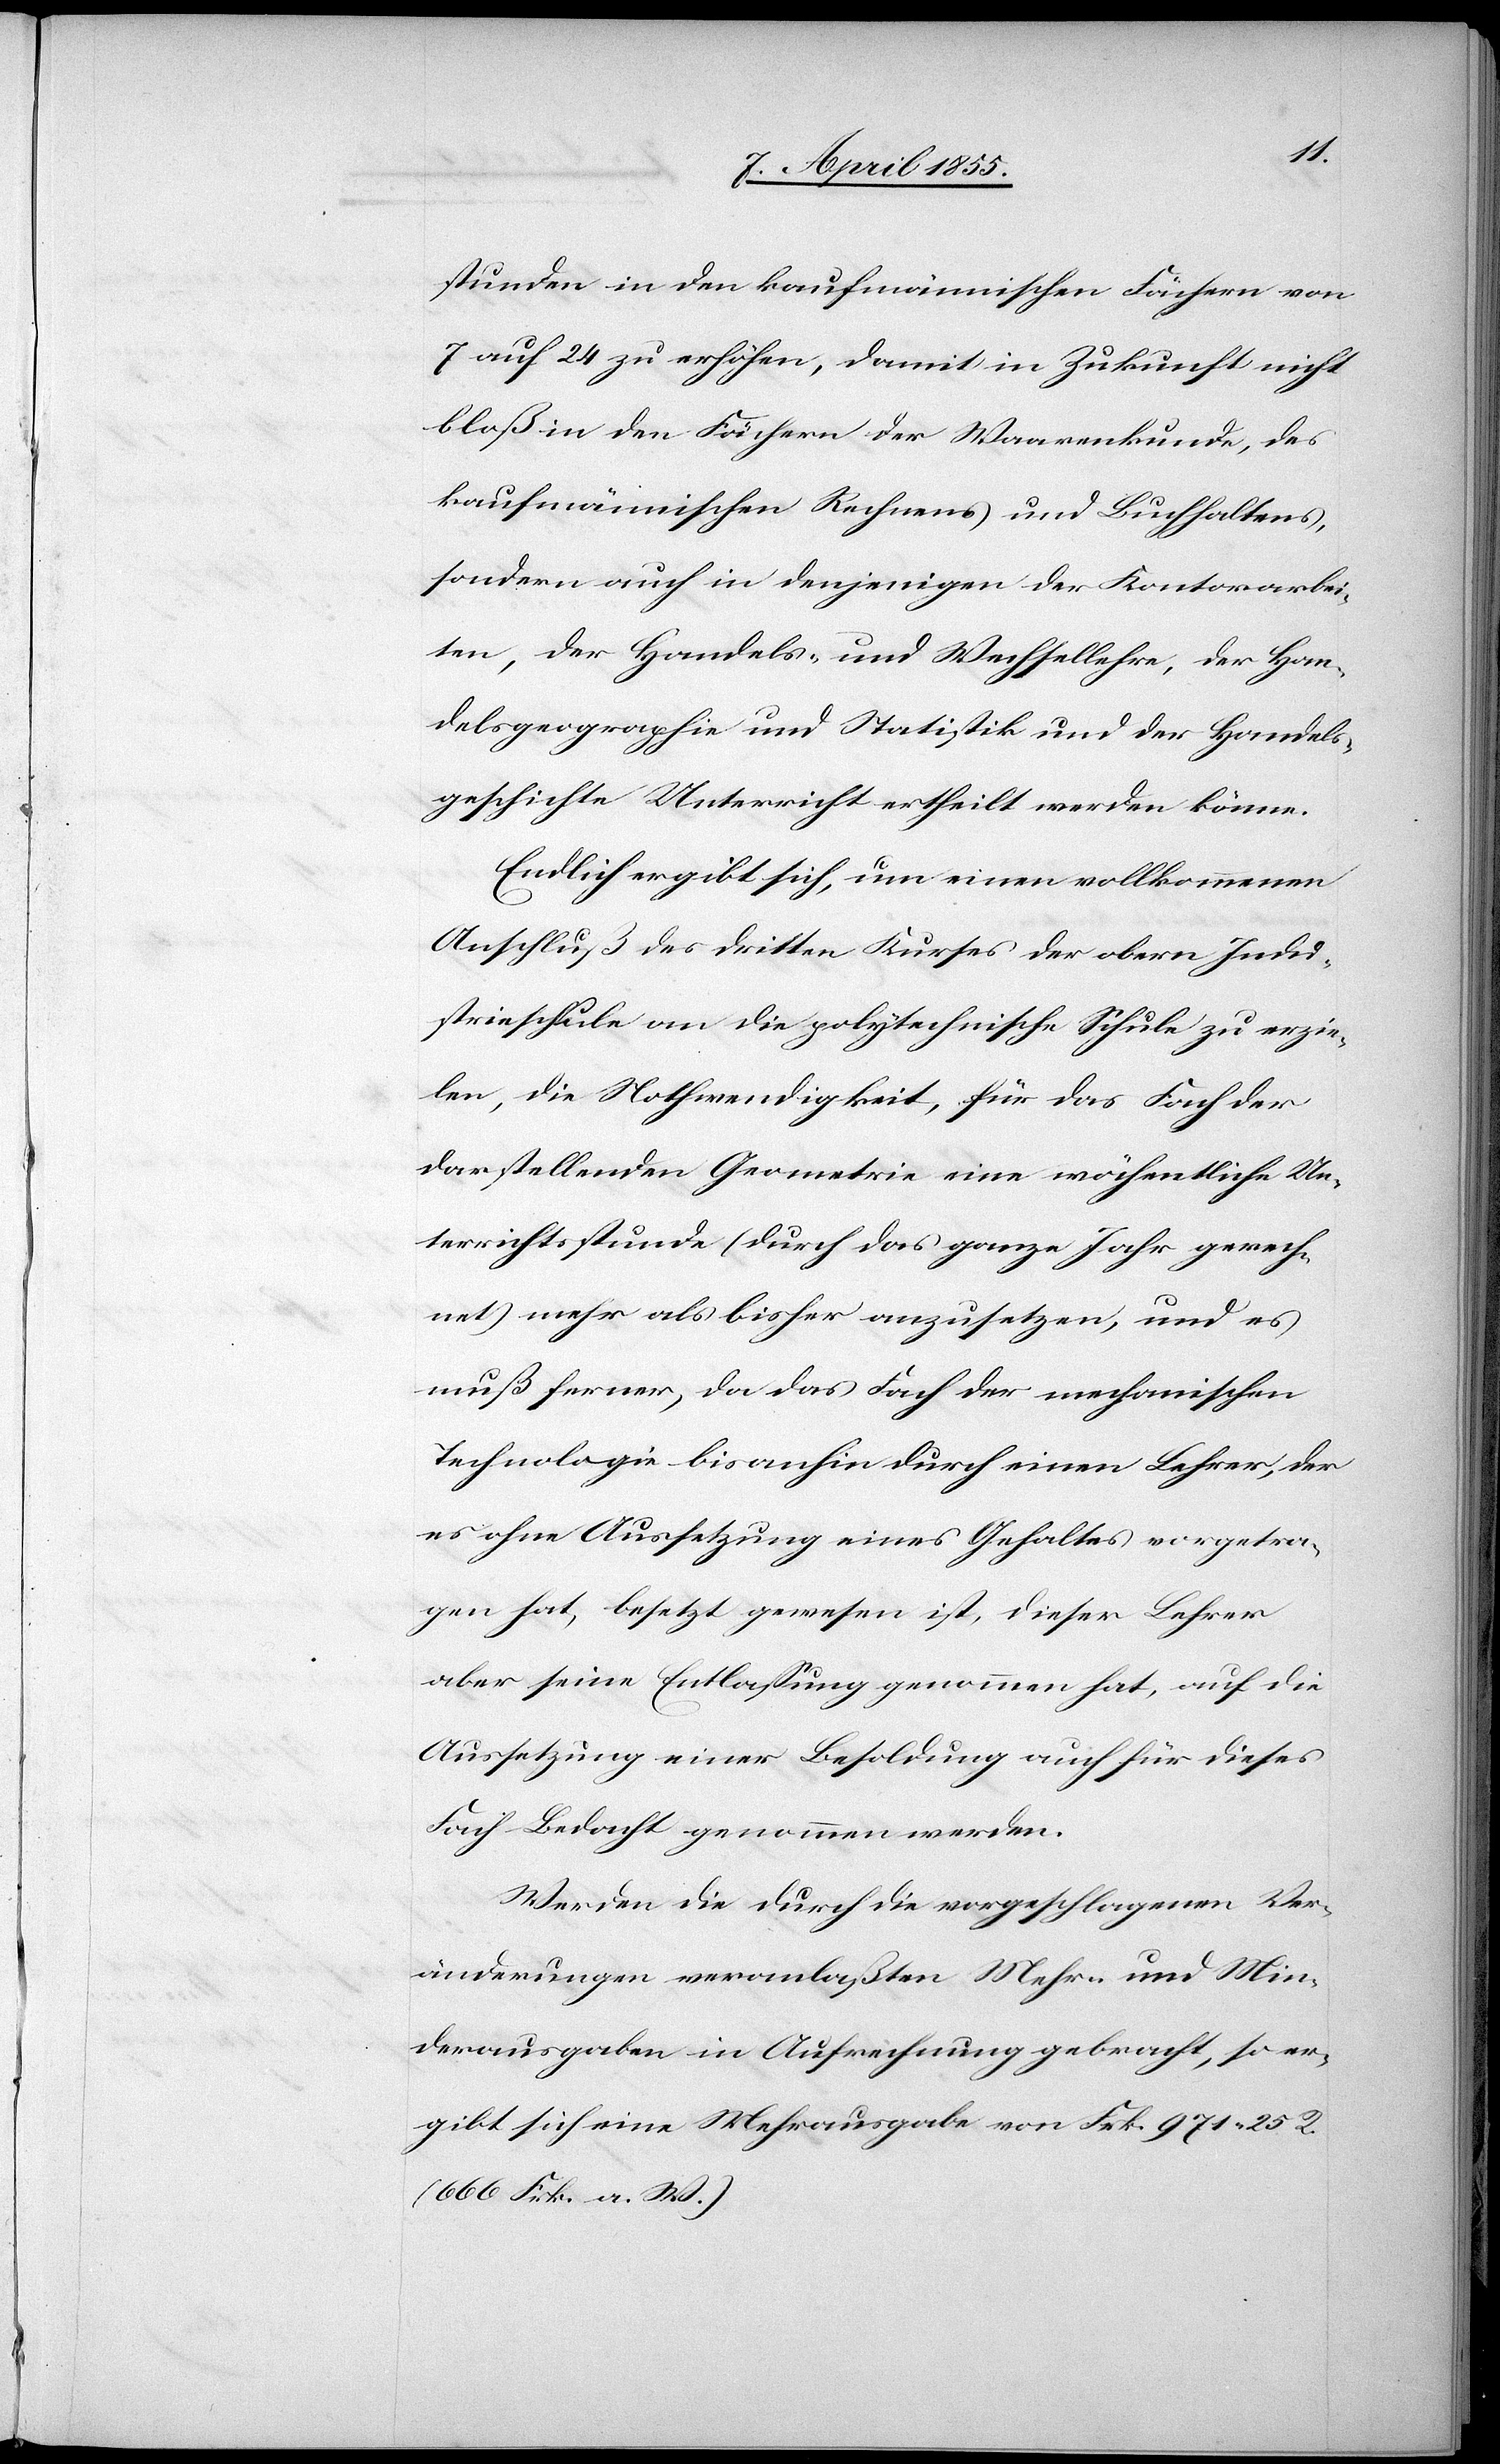
stunden in den kaufmännischen Fächern von
7 auf 24 zu erhöhen, damit in Zukunft nicht
bloß in den Fächern der Waarenkunde, des
kaufmännischen Rechnens und Buchhaltens,
sondern auch in denjenigen der Kontorarbei¬
ten, der Handels- und Wechsellehre, der Han¬
delsgeographie und Statistik und der Handels¬
geschichte Unterricht ertheilt werden könne.
Endlich ergibt sich, um einen vollkommenen
Anschluß des dritten Kurses der obern Indus¬
trieschule an die polytechnische Schule zu erzie¬
len, die Nothwendigkeit, für das Fach der
darstellenden Geometrie eine wöchentliche Un¬
terrichtsstunde (durch das ganze Jahr gerech¬
net) mehr als bisher anzusetzen, und es
muß ferner, da das Fach der mechanischen
Technologie bisanhin durch einen Lehrer, der
es ohne Aussetzung eines Gehaltes vorgetra¬
gen hat, besetzt gewesen ist, dieser Lehrer
aber seine Entlassung genommen hat, auf die
Aussetzung einer Besoldung auch für dieses
Fach Bedacht genommen werden.
Werden die durch die vorgeschlagenen Ver¬
änderungen veranlaßten Mehr- und Min¬
derausgaben in Aufrechnung gebracht, so er¬
gibt sich eine Mehrausgabe von Frk. 971. 25. R.
(666 Frk. a. W.)